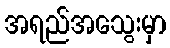
အရည်အသွေးမှာ